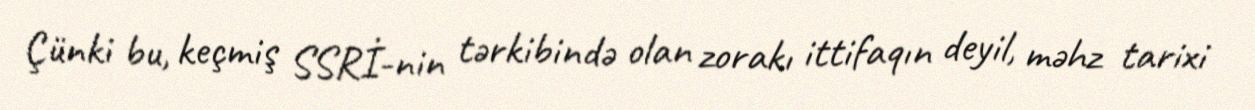
Çünki bu, keçmiş SSRİ-nin tərkibində olan zorakı ittifaqın deyil, məhz tarixi